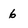
Character: 6